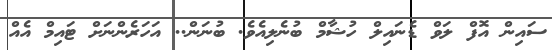
ސައިން އޮފް ލަވް ޑެނައިލް ހުޝާމް ބުނެލިއެވެ. ބުނަން.. އަހަރެންނަށް ޓައިމް އެއް